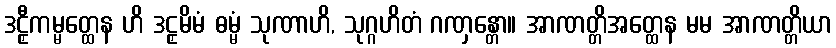
ဒဠှီကမ္မတ္ထေန ဟိ ဒဠှမိမံ ဓမ္မံ သုဏာဟိ, သုဂ္ဂဟိတံ ဂဏှန္တော။ အာဏတ္တိအတ္ထေန မမ အာဏတ္တိယာ